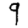
Digit: 9